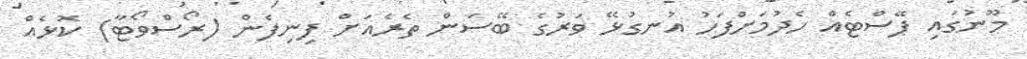
މޫނުގައި ޕޭސްޓެއް ހެދުމަށްފަހު އުނގުޅޭ ވަރުގެ ބޭސަން ތެރެއަށް ފިނިފެން (ރޯސްވޯޓާ) ކޮޅެއް